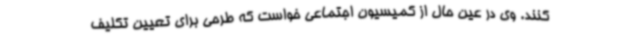
کنند. وی در عین حال از کمیسیون اجتماعی خواست که طرحی برای تعیین تکلیف